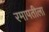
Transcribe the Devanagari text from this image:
रमापतीला